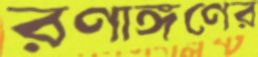
রণাঙ্গণের